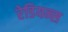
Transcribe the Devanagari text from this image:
रेडियन्स